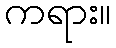
ကရား။